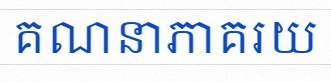
គណនាភាគរយ